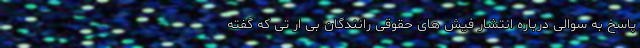
پاسخ به سوالی درباره انتشار فیش های حقوقی رانندگان بی ار تی که گفته